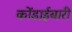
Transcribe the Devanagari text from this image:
कोंडाईबारी